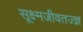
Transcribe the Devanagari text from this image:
सूक्ष्मजीवतज्ज्ञ